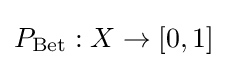
P_{\text{Bet}}:X\rightarrow [0,1]\,\!